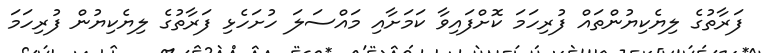
ފަރާތުގެ ލިޔެކިޔުންތައް ފުރިހަމަ ކޮށްފައިވާ ކަމަށާއި މައްސަލަ ހުށަހެޅި ފަރާތުގެ ލިޔެކިޔުން ފުރިހަމަ